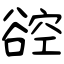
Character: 谾